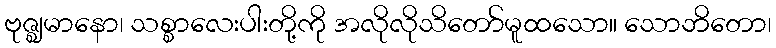
ဗုဇ္ဈမာနော၊ သစ္စာလေးပါးတို့ကို အလိုလိုသိတော်မူထသော။ သောဘိတော၊